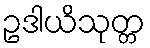
ဥဒါယိသုတ္တ